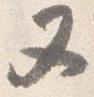
又